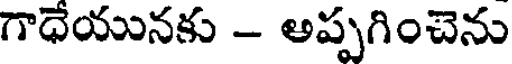
గాధేయునకు - అప్పగించెను